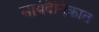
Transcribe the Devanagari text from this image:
सायंदैनिकात